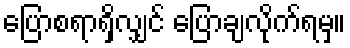
ပြောစရာရှိလျှင် ပြောချလိုက်ရမှ။